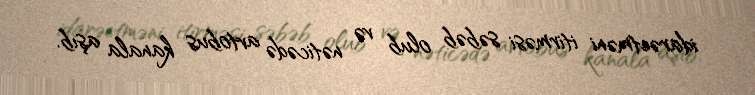
idarəetməni itirməsi səbəb olub və nəticədə avtobus kanala aşıb.